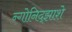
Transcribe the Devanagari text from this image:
न्गोनिद्झाशे